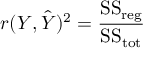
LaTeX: r ( Y , { \hat { Y } } ) ^ { 2 } = { \frac { { \mathrm { S S } } _ { \mathrm { r e g } } } { { \mathrm { S S } } _ { \mathrm { t o t } } } }